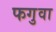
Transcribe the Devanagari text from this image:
फगुवा